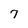
Character: 7